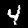
Label: 4